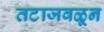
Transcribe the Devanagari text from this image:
तटाजवळून